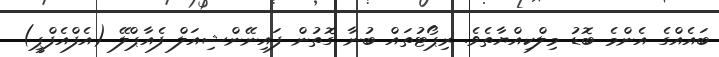
ބައެއްގެ އެންމެ ބޮޑު މިލްކިއްޔާތެވެ. ރިޕޯޓުތައް ބުނާ ގޮތުން ފައިނޭންޝިއަލް ފެއާޕްލޭ (އެފްއެފްޕީ)